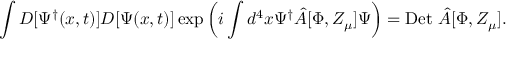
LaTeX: \int D [ \Psi ^ { \dagger } ( x , t ) ] D [ \Psi ( x , t ) ] \exp \left( i \int d ^ { 4 } x \Psi ^ { \dagger } \hat { A } [ \Phi , Z _ { \mu } ] \Psi \right) = \mathrm { D e t ~ } \hat { A } [ \Phi , Z _ { \mu } ] .